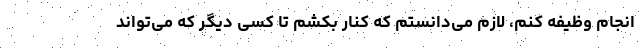
انجام وظیفه کنم، لازم می‌دانستم که کنار بکشم تا کسی دیگر که می‌تواند